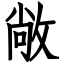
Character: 敞